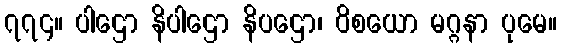
၇၇၄။ ပါဌော နိပါဌော နိပဌော၊ ဝိစယော မဂ္ဂနာ ပုမေ။